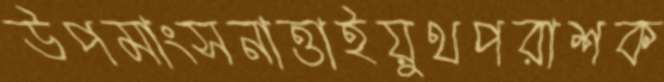
উপমাংসনাত্তাইয়ুথপরাশক